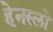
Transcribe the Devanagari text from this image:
हेनस्लो